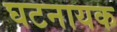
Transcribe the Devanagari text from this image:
घटनायक